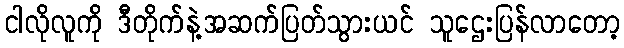
ငါလိုလူကို ဒီတိုက်နဲ့အဆက်ပြတ်သွားယင် သူဌေးပြန်လာတော့